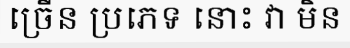
ច្រើន ប្រភេទ នោះ វា មិន